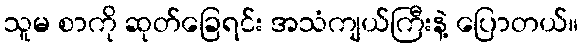
သူမ စာကို ဆုတ်ခြေရင်း အသံကျယ်ကြီးနဲ့ ပြောတယ်။